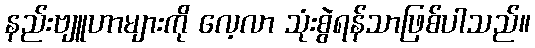
နည်းဗျူဟာများကို လေ့လာ သုံးစွဲရန်သာဖြစ်ပါသည်။